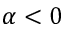
\alpha < 0